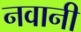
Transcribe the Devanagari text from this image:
नवानी